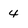
Character: 4